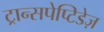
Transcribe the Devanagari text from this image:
ट्रान्सपेप्टिडेज़